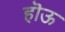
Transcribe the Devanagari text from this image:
हॊऊ